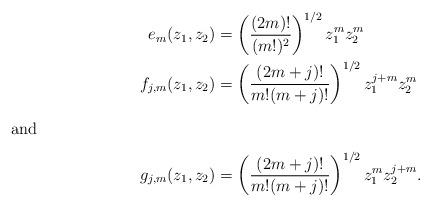
LaTeX: \begin{align*} e_m(z_1,z_2) &= \left(\frac{(2m)!}{(m!)^2} \right)^{1/2}z_1^m z_2^m \\ f_{j,m}(z_1,z_2) &= \left(\frac{(2m+j)!}{m!(m+j)!} \right)^{1/2}z_1^{j+m} z_2^m \\\intertext{and} g_{j,m}(z_1,z_2) &= \left(\frac{(2m+j)!}{m!(m+j)!} \right)^{1/2}z_1^m z_2^{j+m}.\end{align*}